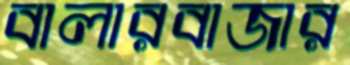
বালারবাজার